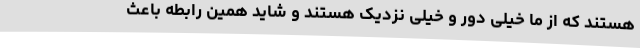
هستند که از ما خیلی دور و خیلی نزدیک هستند و شاید همین رابطه باعث